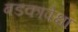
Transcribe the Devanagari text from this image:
बडकापेक्षा